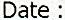
DATE :